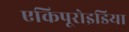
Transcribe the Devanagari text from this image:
एकिपूरोइडिया